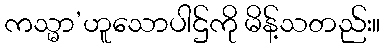
ကသ္မာ’ဟူသောပါဌ်ကို မိန့်သတည်း။